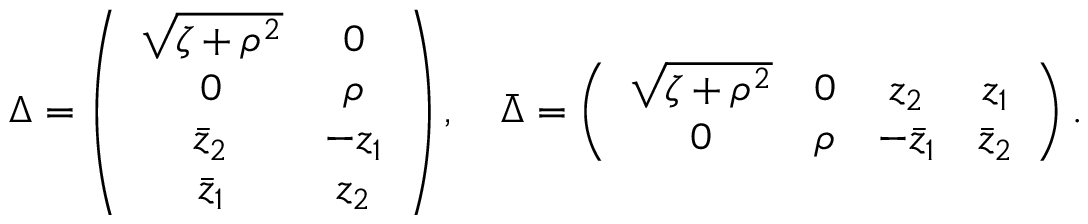
\Delta = \left( \begin{array} { c c } { { \sqrt { \zeta + \rho ^ { 2 } } } } & { { 0 } } \\ { { 0 } } & { { \rho } } \\ { { \bar { z } _ { 2 } } } & { { - z _ { 1 } } } \\ { { \bar { z } _ { 1 } } } & { { z _ { 2 } } } \end{array} \right) , \quad \bar { \Delta } = \left( \begin{array} { c c c c } { { \sqrt { \zeta + \rho ^ { 2 } } } } & { { 0 } } & { { z _ { 2 } } } & { { z _ { 1 } } } \\ { { 0 } } & { { \rho } } & { { - \bar { z } _ { 1 } } } & { { \bar { z } _ { 2 } } } \end{array} \right) .